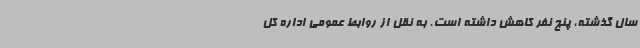
سال گذشته، پنج نفر کاهش داشته است. به نقل از روابط عمومی اداره کل